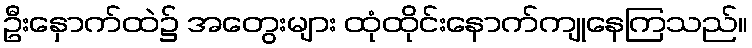
ဦးနှောက်ထဲ၌ အတွေးများ ထုံထိုင်းနောက်ကျုနေကြသည်။